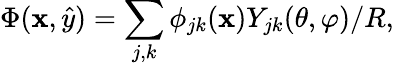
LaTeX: \Phi({\mathbf x},\hat{y})=\sum_{j,k}\phi_{jk}({\mathbf x})Y_{jk}(\theta,\varphi)/R,